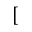
[